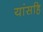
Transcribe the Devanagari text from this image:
यांसहि